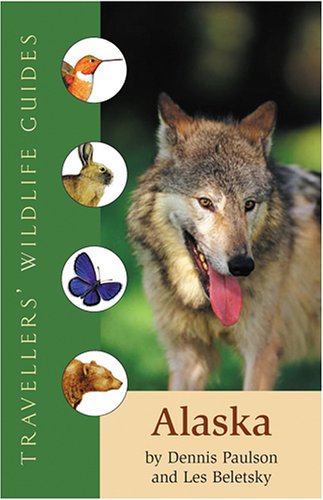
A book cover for Alaska (Travellers' Wildlife Guides); Dennis Paulson; Biographies & Memoirs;